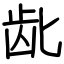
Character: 龀